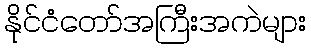
နိုင်ငံတော်အကြီးအကဲများ